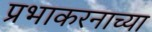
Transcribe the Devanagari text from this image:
प्रभाकरनाच्या